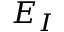
E _ { I }